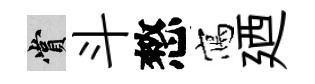
賞斗憗寫廼